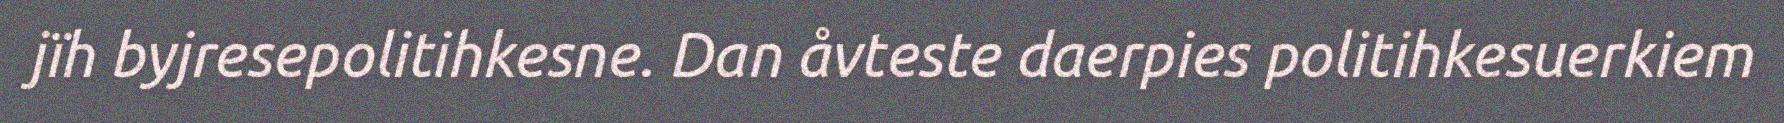
jïh byjresepolitihkesne. Dan åvteste daerpies politihkesuerkiem